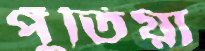
পুঁতিয়া